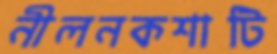
নীলনকশাটি